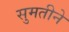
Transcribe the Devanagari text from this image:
सुमतीने